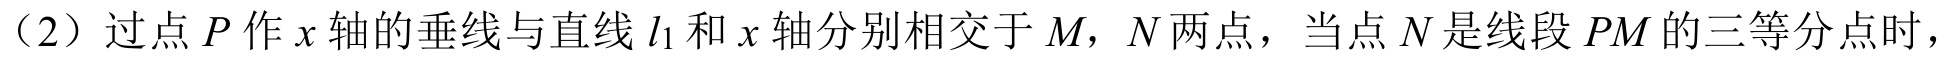
（2）过点\(P\)作\(x\)轴的垂线与直线\(l_{1}\)和\(x\)轴分别相交于\(M\)，\(N\)两点，当点\(N\)是线段\(PM\)的三等分点时，